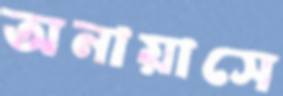
অনায়াসে